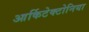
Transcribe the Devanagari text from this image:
आर्किटेक्टोनिया